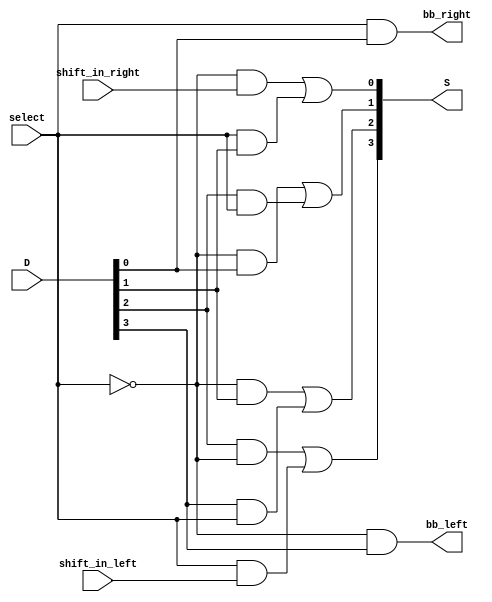
// gate-level description of 4 bit shifter

module shift_4_bit(
    output [3:0]        S,
    output              bb_right, bb_left,

    input [3:0]         D,
    input               shift_in_right, shift_in_left,
    input               select // if 0, shift left, if 1, shift right
);

wire w0, w1, w2, w3, w4, w5, w6, w7;
wire left, right;

// 2x1 decoder 
not (left, select);
buf (right, select);

and M0(bb_right, right, D[0]);
and M1(w1, left, D[0]);
and M2(w2, right, D[1]);
and M3(w3, left, D[1]);
and M4(w4, D[2], right);
and M5(w5, D[2], left);
and M6(w6, D[3], right);
and M7(bb_left, left, D[3]);
and M12(w0, left, shift_in_right);
and M13(w7, right, shift_in_left);

or M8(S[0], w0, w2);
or M9(S[1], w1, w4);
or M10(S[2], w3, w6);
or M11(S[3], w5, w7);



endmodule